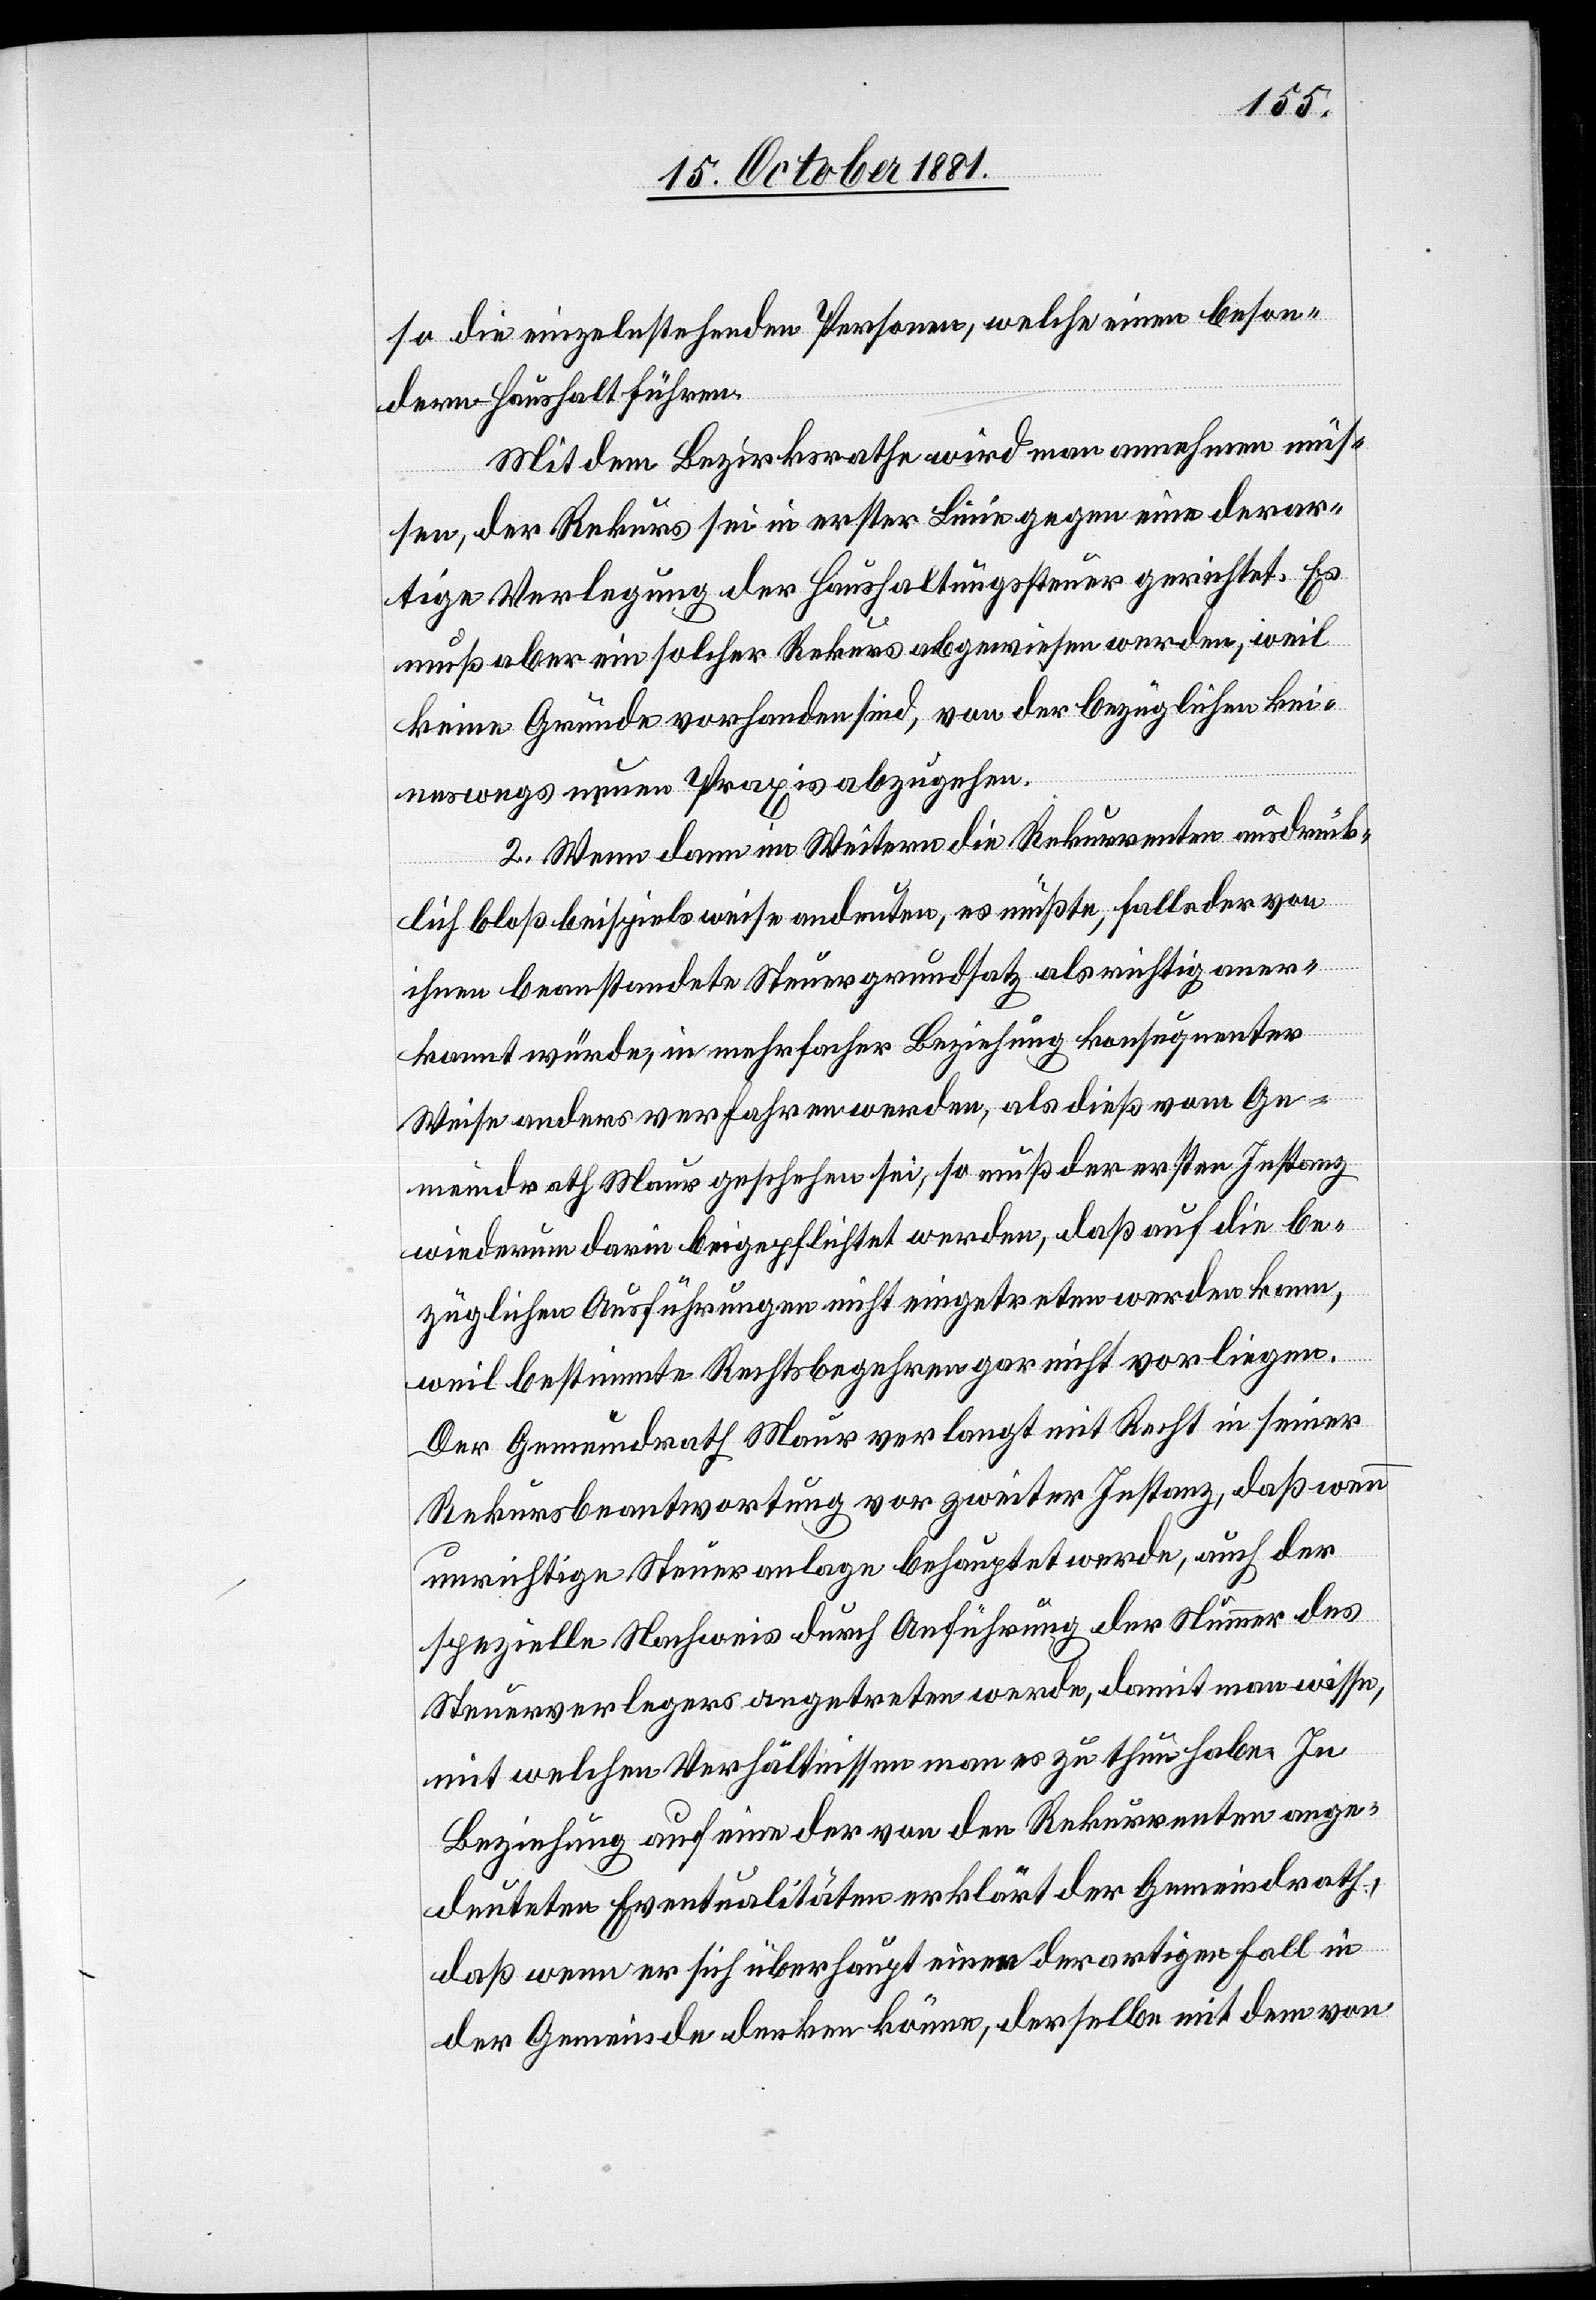
so die einzelnstehenden Personen, welche einen beson¬
dern Haushalt führen.
Mit dem Bezirksrathe wird man annehmen müs¬
sen, der Rekurs sei in erster Linie gegen eine derar¬
tige Verlegung der Haushaltungssteuer gerichtet. Es
muß aber ein solcher Rekurs abgewiesen werden, weil
keine Gründe vorhanden sind, von der bezüglichen kei¬
neswegs neuen Praxis abzugehen.
2. Wenn dann im Weitern die Rekurrenten ausdrück¬
lich bloß beispielsweise andeuten, es müßte, falls der von
ihnen beanstandete Steuergrundsatz als nichtig aner¬
kannt würde, in mehrfacher Beziehung konsequenter
Weise anders verfahren werden, als dieß vom Ge¬
meindrath Maur geschehen sei, so muß der ersten Instanz
wiederum darin beigepflichtet werden, daß auf die be¬
züglichen Ausführungen nicht eingetreten werden kann,
weil bestimmte Rechtsbegehren gar nicht vorliegen.
Der Gemeindrath Maur verlangt mit Recht in seiner
Rekursbeantwortung vor zweiter Instanz, daß wenn
unrichtige Steueranlage behauptet werde, auch der
spezielle Nachweis durch Anführung der Nummer des
Steuerverlegers angetreten werde, damit man wisse,
mit welchen Verhältnissen man es zu thun habe. In
Beziehung auf eine der von den Rekurrenten ange¬
deuteten Eventualitäten erklärt der Gemeindrath,
daß wenn er sich überhaupt einen derartigen Fall in
der Gemeinde denken könne, derselbe mit dem von